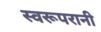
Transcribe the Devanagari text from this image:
स्वरूपरानी